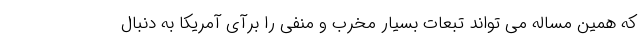
که همین مساله می تواند تبعات بسیار مخرب و منفی را برآی آمریکا به دنبال